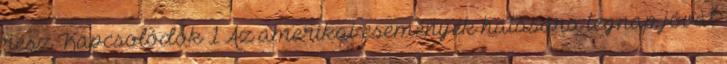
rész Kapcsolódók 1 Az amerikai események hatására tegnap jóval